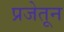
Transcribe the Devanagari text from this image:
प्रजेतून